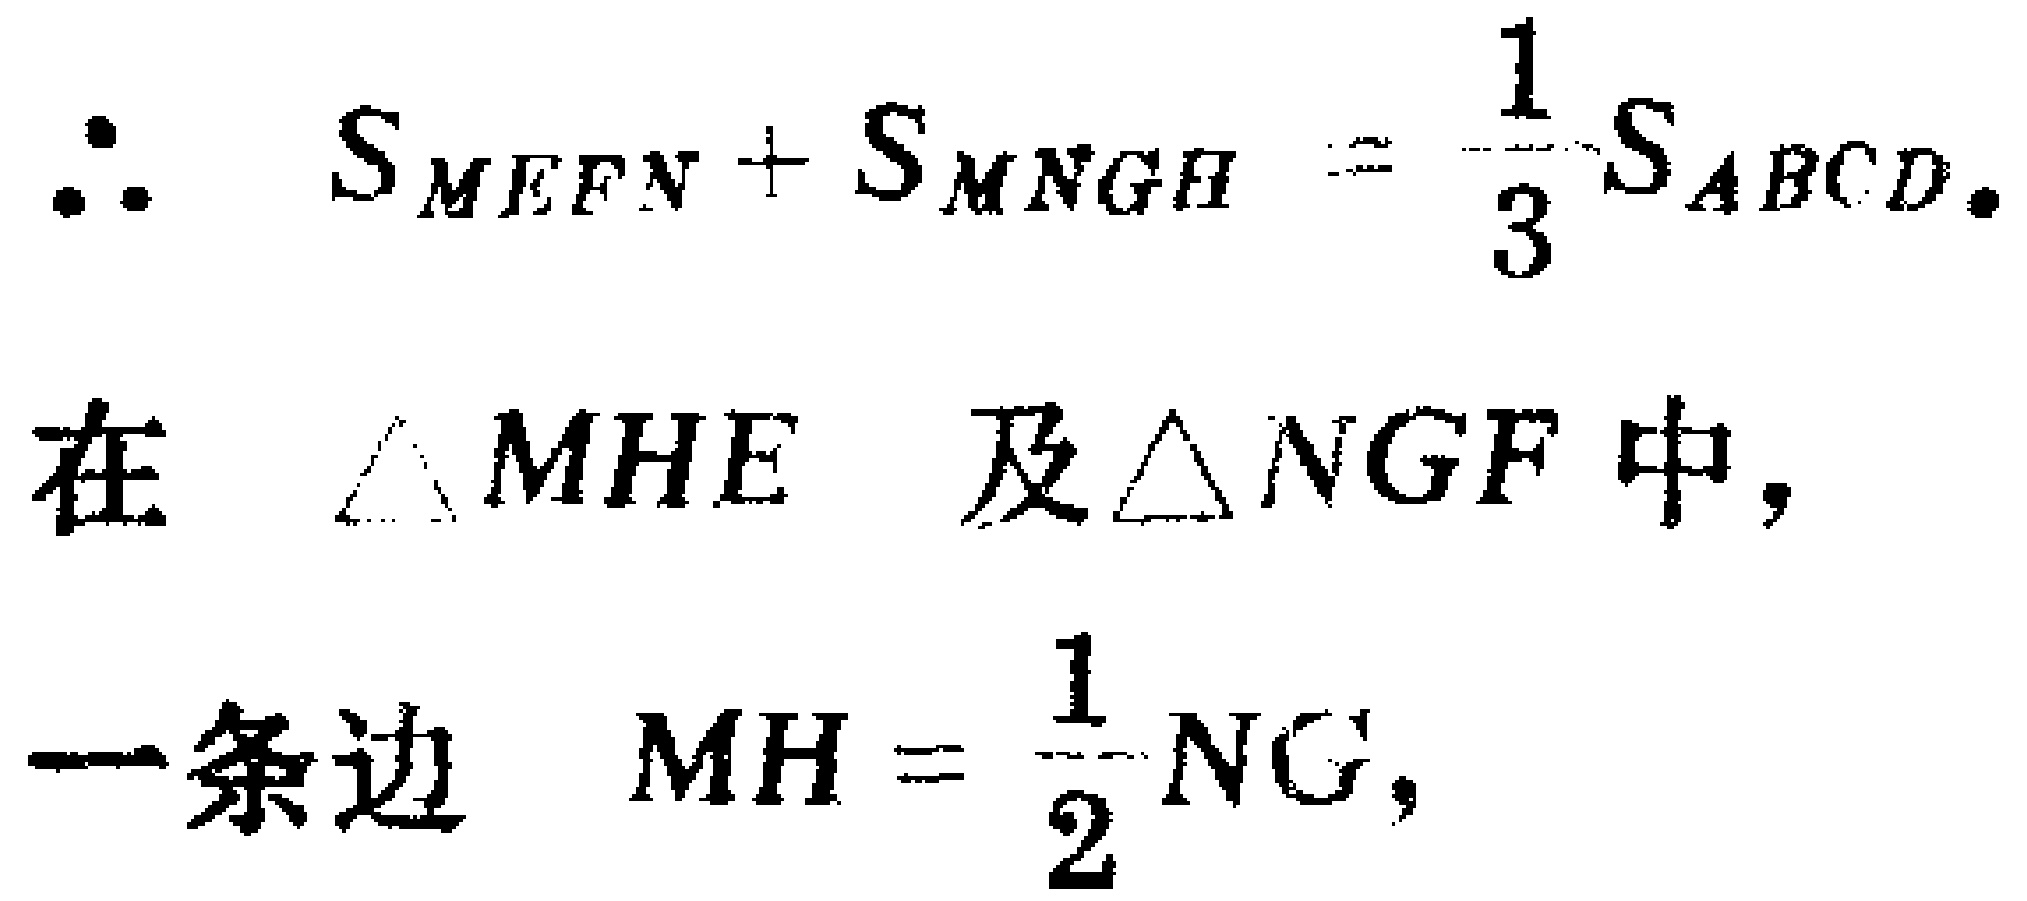
\[\therefore S_{MEFN}+S_{MNGH}=\frac{1}{3}S_{ABCD}.\]
在 $\triangle MHE$ 及$\triangle NGF$ 中，
一条边 \(MH = \frac{1}{2}NG\)，